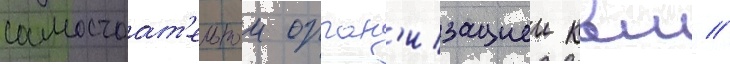
самостоат'ельнои орган'изациеи квм //